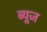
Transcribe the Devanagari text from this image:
ब्यूज